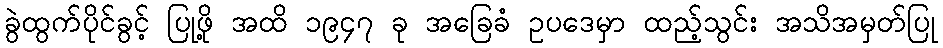
ခွဲထွက်ပိုင်ခွင့် ပြုဖို့ အထိ ၁၉၄၇ ခု အခြေခံ ဥပဒေမှာ ထည့်သွင်း အသိအမှတ်ပြု